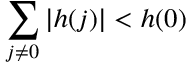
\sum _ { j \neq 0 } \left| h ( j ) \right| < h ( 0 )